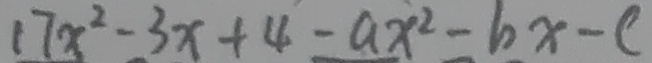
1 7 x ^ { 2 } - 3 x + 4 - a x ^ { 2 } - 6 x - c